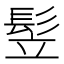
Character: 𩬦